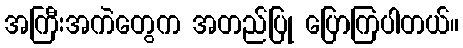
အကြီးအကဲတွေက အတည်ပြု ပြောကြပါတယ်။